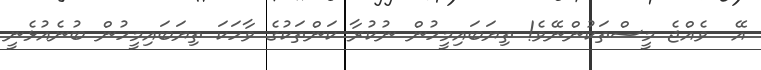
އޭ  ވެއްޖެ މީސްތަކުންނޭވެ! ތިޔަބައިމީހުން ނުކުރާ ކަންތަކުގެ ވާހަކަ ތިޔަބައިމީހުން ބުނެއުޅެނީ